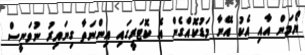
ޔޯމަން އާއި އެކު އޭނާ މަޑުކޮއްގެން އެ ކޮޓަރީގައި އިންނަތާ ގިނައިރު ނުވަނީސް